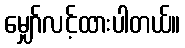
မျှော်လင့်ထားပါတယ်။